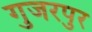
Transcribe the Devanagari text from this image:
गुजरपुर